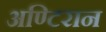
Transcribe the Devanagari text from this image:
अण्टिरान